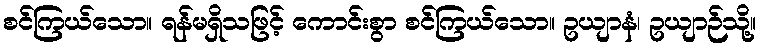
စင်ကြယ်သော။ ရန်မရှိသဖြင့် ကောင်းစွာ စင်ကြယ်သော။ ဥယျာနံ၊ ဥယျာဉ်သို့။